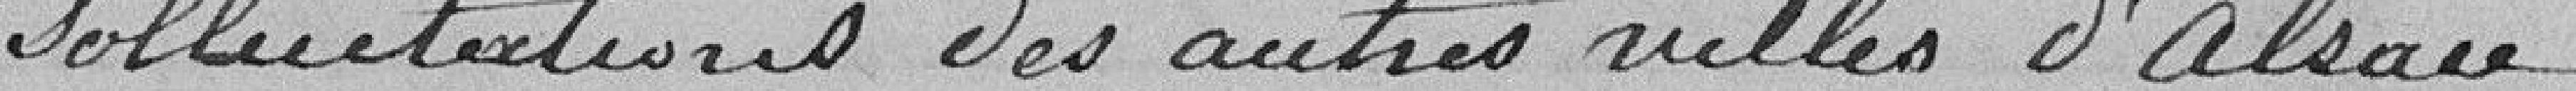
sollicitations des autres villes d'Alsace.